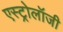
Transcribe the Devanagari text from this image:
एस्‍ट्रोलॉजी